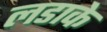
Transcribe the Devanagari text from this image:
लडाके